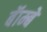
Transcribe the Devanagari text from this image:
बॅाम्बे